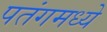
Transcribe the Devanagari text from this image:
पतंगमध्ये